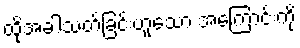
ထိုအခါသတ်ခြင်းဟူသော အကြောင်းကို